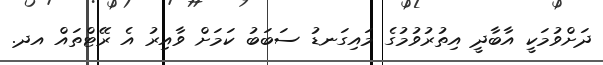
ދަށްވުމަކީ އާބާދީ އިތުރުވުމުގެ މައިގަނޑު ސަބަބު ކަމަށް ވާއިރު އެ ރޭޓްތައް އދ.